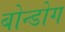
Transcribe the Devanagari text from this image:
बोन्डोग